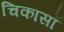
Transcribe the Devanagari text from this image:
चिकासॉ